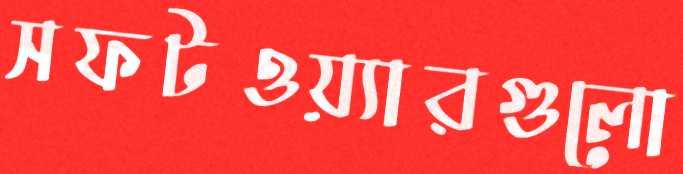
সফটওয়্যারগুলো